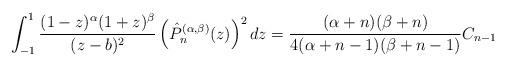
LaTeX: \begin{align*}\int_{-1}^1\frac{(1-z)^{\alpha}(1+z)^{\beta}}{(z-b)^2}\left(\hat{P}_n^{(\alpha,\beta)}(z)\right)^2dz=\frac{(\alpha+n)(\beta+n)}{4(\alpha+n-1)(\beta+n-1)}C_{n-1}\end{align*}